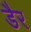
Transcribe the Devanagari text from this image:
डैर